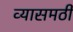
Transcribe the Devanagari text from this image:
व्यासमठी